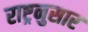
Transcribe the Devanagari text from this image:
राष्ट्रनुसार